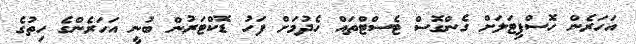
އަހަރެން ހޮސްޕިޓަލަށް ގެންގޮސް ޓެސްޓްތައް ހެދުމަށް ފަހު ޑޮކްޓަރުން ބުނީ އަހަރެންގެ ހިތުގެ